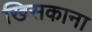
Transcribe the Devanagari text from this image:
खिसकाना